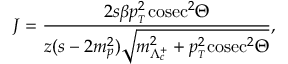
{ \cal J } = \frac { 2 s \beta p _ { { } _ { T } } ^ { 2 } \mathrm { c o s e c } ^ { 2 } \Theta } { z ( s - 2 m _ { p } ^ { 2 } ) \sqrt { m _ { \Lambda _ { c } ^ { + } } ^ { 2 } + p _ { { } _ { T } } ^ { 2 } \mathrm { c o s e c } ^ { 2 } \Theta } } ,